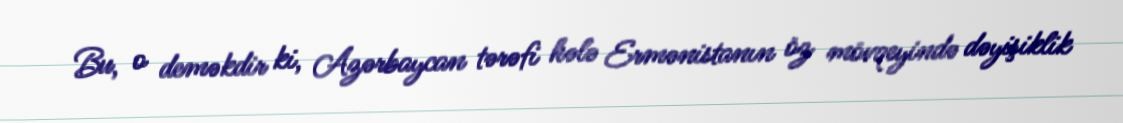
Bu, o deməkdir ki, Azərbaycan tərəfi hələ Ermənistanın öz mövqeyində dəyişiklik